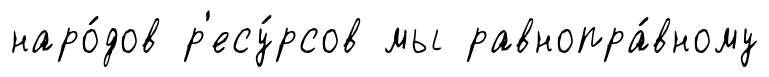
наро́дов р'есу́рсов мы равнопра́вному